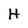
Character: H